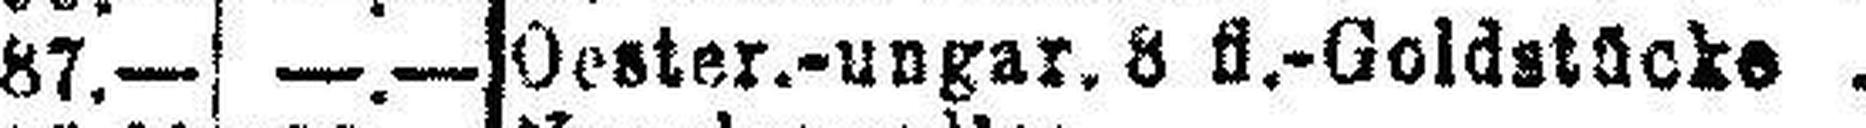
Oester.-ungar. 8 fl.-Goldstücke